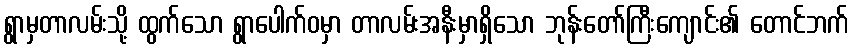
ရွာမှတာလမ်းသို့ ထွက်သော ရွာပေါက်ဝမှာ တာလမ်းအနီးမှာရှိသော ဘုန်းတော်ကြီးကျောင်း၏ တောင်ဘက်